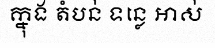
ក្នុង តំបន់ ទន្លេ អាស់